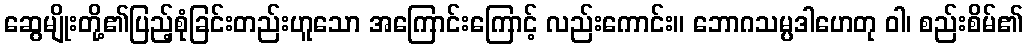
ဆွေမျိုးတို့၏ပြည့်စုံခြင်းတည်းဟူသော အကြောင်းကြောင့် လည်းကောင်း။ ဘောဂသမ္ပဒါဟေတု ဝါ၊ စည်းစိမ်၏